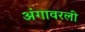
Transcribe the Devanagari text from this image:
अंगावरली